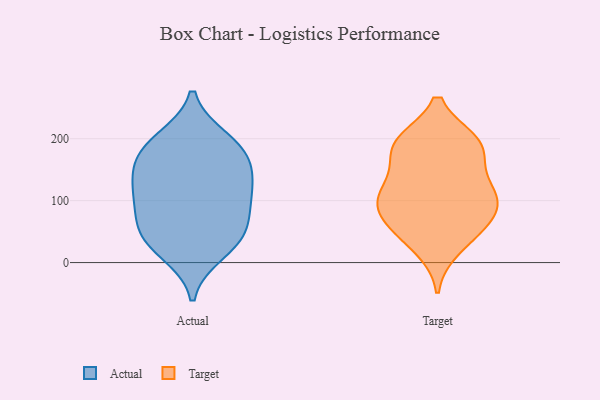
{"axis": {"x": "Humidity (%)", "y": "Value"}, "legend": ["Actual", "Target"], "data": [{"x": "", "y": 41, "type": "Actual"}, {"x": "", "y": 180, "type": "Actual"}, {"x": "", "y": 118, "type": "Actual"}, {"x": "", "y": 163, "type": "Actual"}, {"x": "", "y": 198, "type": "Actual"}, {"x": "", "y": 188, "type": "Actual"}, {"x": "", "y": 97, "type": "Actual"}, {"x": "", "y": 17, "type": "Actual"}, {"x": "", "y": 121, "type": "Actual"}, {"x": "", "y": 47, "type": "Actual"}, {"x": "", "y": 84, "type": "Actual"}, {"x": "", "y": 43, "type": "Actual"}, {"x": "", "y": 143, "type": "Actual"}, {"x": "", "y": 116, "type": "Target"}, {"x": "", "y": 194, "type": "Target"}, {"x": "", "y": 68, "type": "Target"}, {"x": "", "y": 195, "type": "Target"}, {"x": "", "y": 191, "type": "Target"}, {"x": "", "y": 193, "type": "Target"}, {"x": "", "y": 58, "type": "Target"}, {"x": "", "y": 113, "type": "Target"}, {"x": "", "y": 169, "type": "Target"}, {"x": "", "y": 47, "type": "Target"}, {"x": "", "y": 93, "type": "Target"}, {"x": "", "y": 94, "type": "Target"}, {"x": "", "y": 133, "type": "Target"}, {"x": "", "y": 23, "type": "Target"}, {"x": "", "y": 97, "type": "Target"}]}